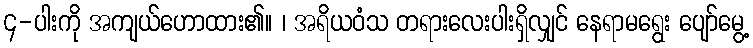
၄-ပါးကို အကျယ်ဟောထား၏။ ၊ အရိယဝံသ တရားလေးပါးရှိလျှင် နေရာမရွေး ပျော်မွေ့